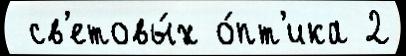
 св'етовы́х о́пт'ика 2